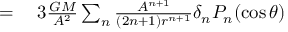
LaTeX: \begin{array} { r l } { = { } } & { { } 3 { \frac { G M } { A ^ { 2 } } } \sum _ { n } { \frac { A ^ { n + 1 } } { ( 2 n + 1 ) r ^ { n + 1 } } } \delta _ { n } P _ { n } ( \cos \theta ) } \end{array}